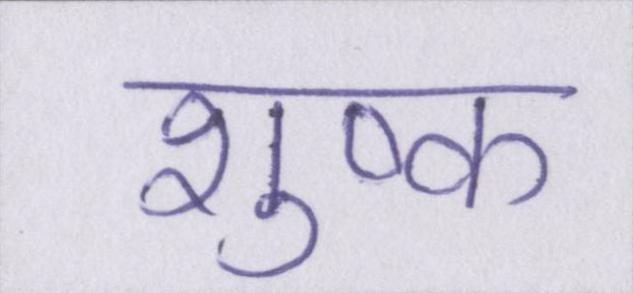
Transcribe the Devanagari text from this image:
शुष्क